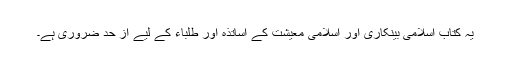
یہ کتاب اِسلامی بینکاری اور اِسلامی معیشت کے اساتذہ اور طلباء کے لیے اَز حد ضروری ہے۔